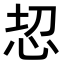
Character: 𢘰